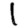
Digit: 1